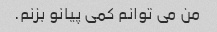
من می توانم کمی پیانو بزنم.